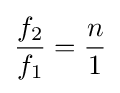
{\frac {f_{2}}{f_{1}}}={\frac {n}{1}}